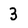
Character: 3